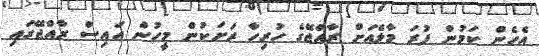
އެހެން ކަމުން ފުރަ މާލެއަށް ރާއްޖޭގެ ހުރިހާ ރަށަކުން މީހުން އައިސް ރާއްޖޭގައި